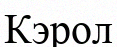
Кэрол